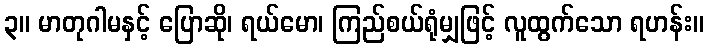
၃။ မာတုဂါမနှင့် ပြောဆို၊ ရယ်မော၊ ကြည်စယ်ရုံမျှဖြင့် လူထွက်သော ရဟန်း။